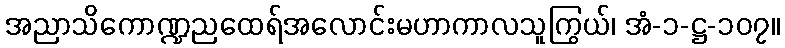
အညာသိကောဏ္ဍညထေရ်အလောင်းမဟာကာလသူကြွယ်၊ အံ-၁-ဋ္ဌ-၁၀၇။